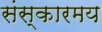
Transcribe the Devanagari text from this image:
संस्कारमय